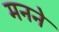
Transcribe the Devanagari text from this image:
मनने